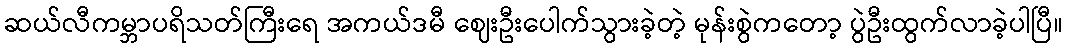
ဆယ်လီကမ္ဘာပရိသတ်ကြီးရေ အကယ်ဒမီ ဈေးဦးပေါက်သွားခဲ့တဲ့ မုန်းစွဲကတော့ ပွဲဦးထွက်လာခဲ့ပါပြီ။